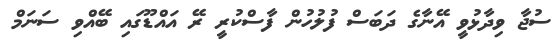
ސުޖާ ވިދާޅުވީ އޭނާގެ ދަބަސް ފުލުހުން ފާސްކުރީ ރޭ އައްޑޫގައި ބޭއްވި ސަނަމް